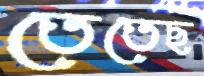
তেতেছ